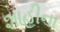
શાહીના